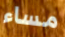
مساء